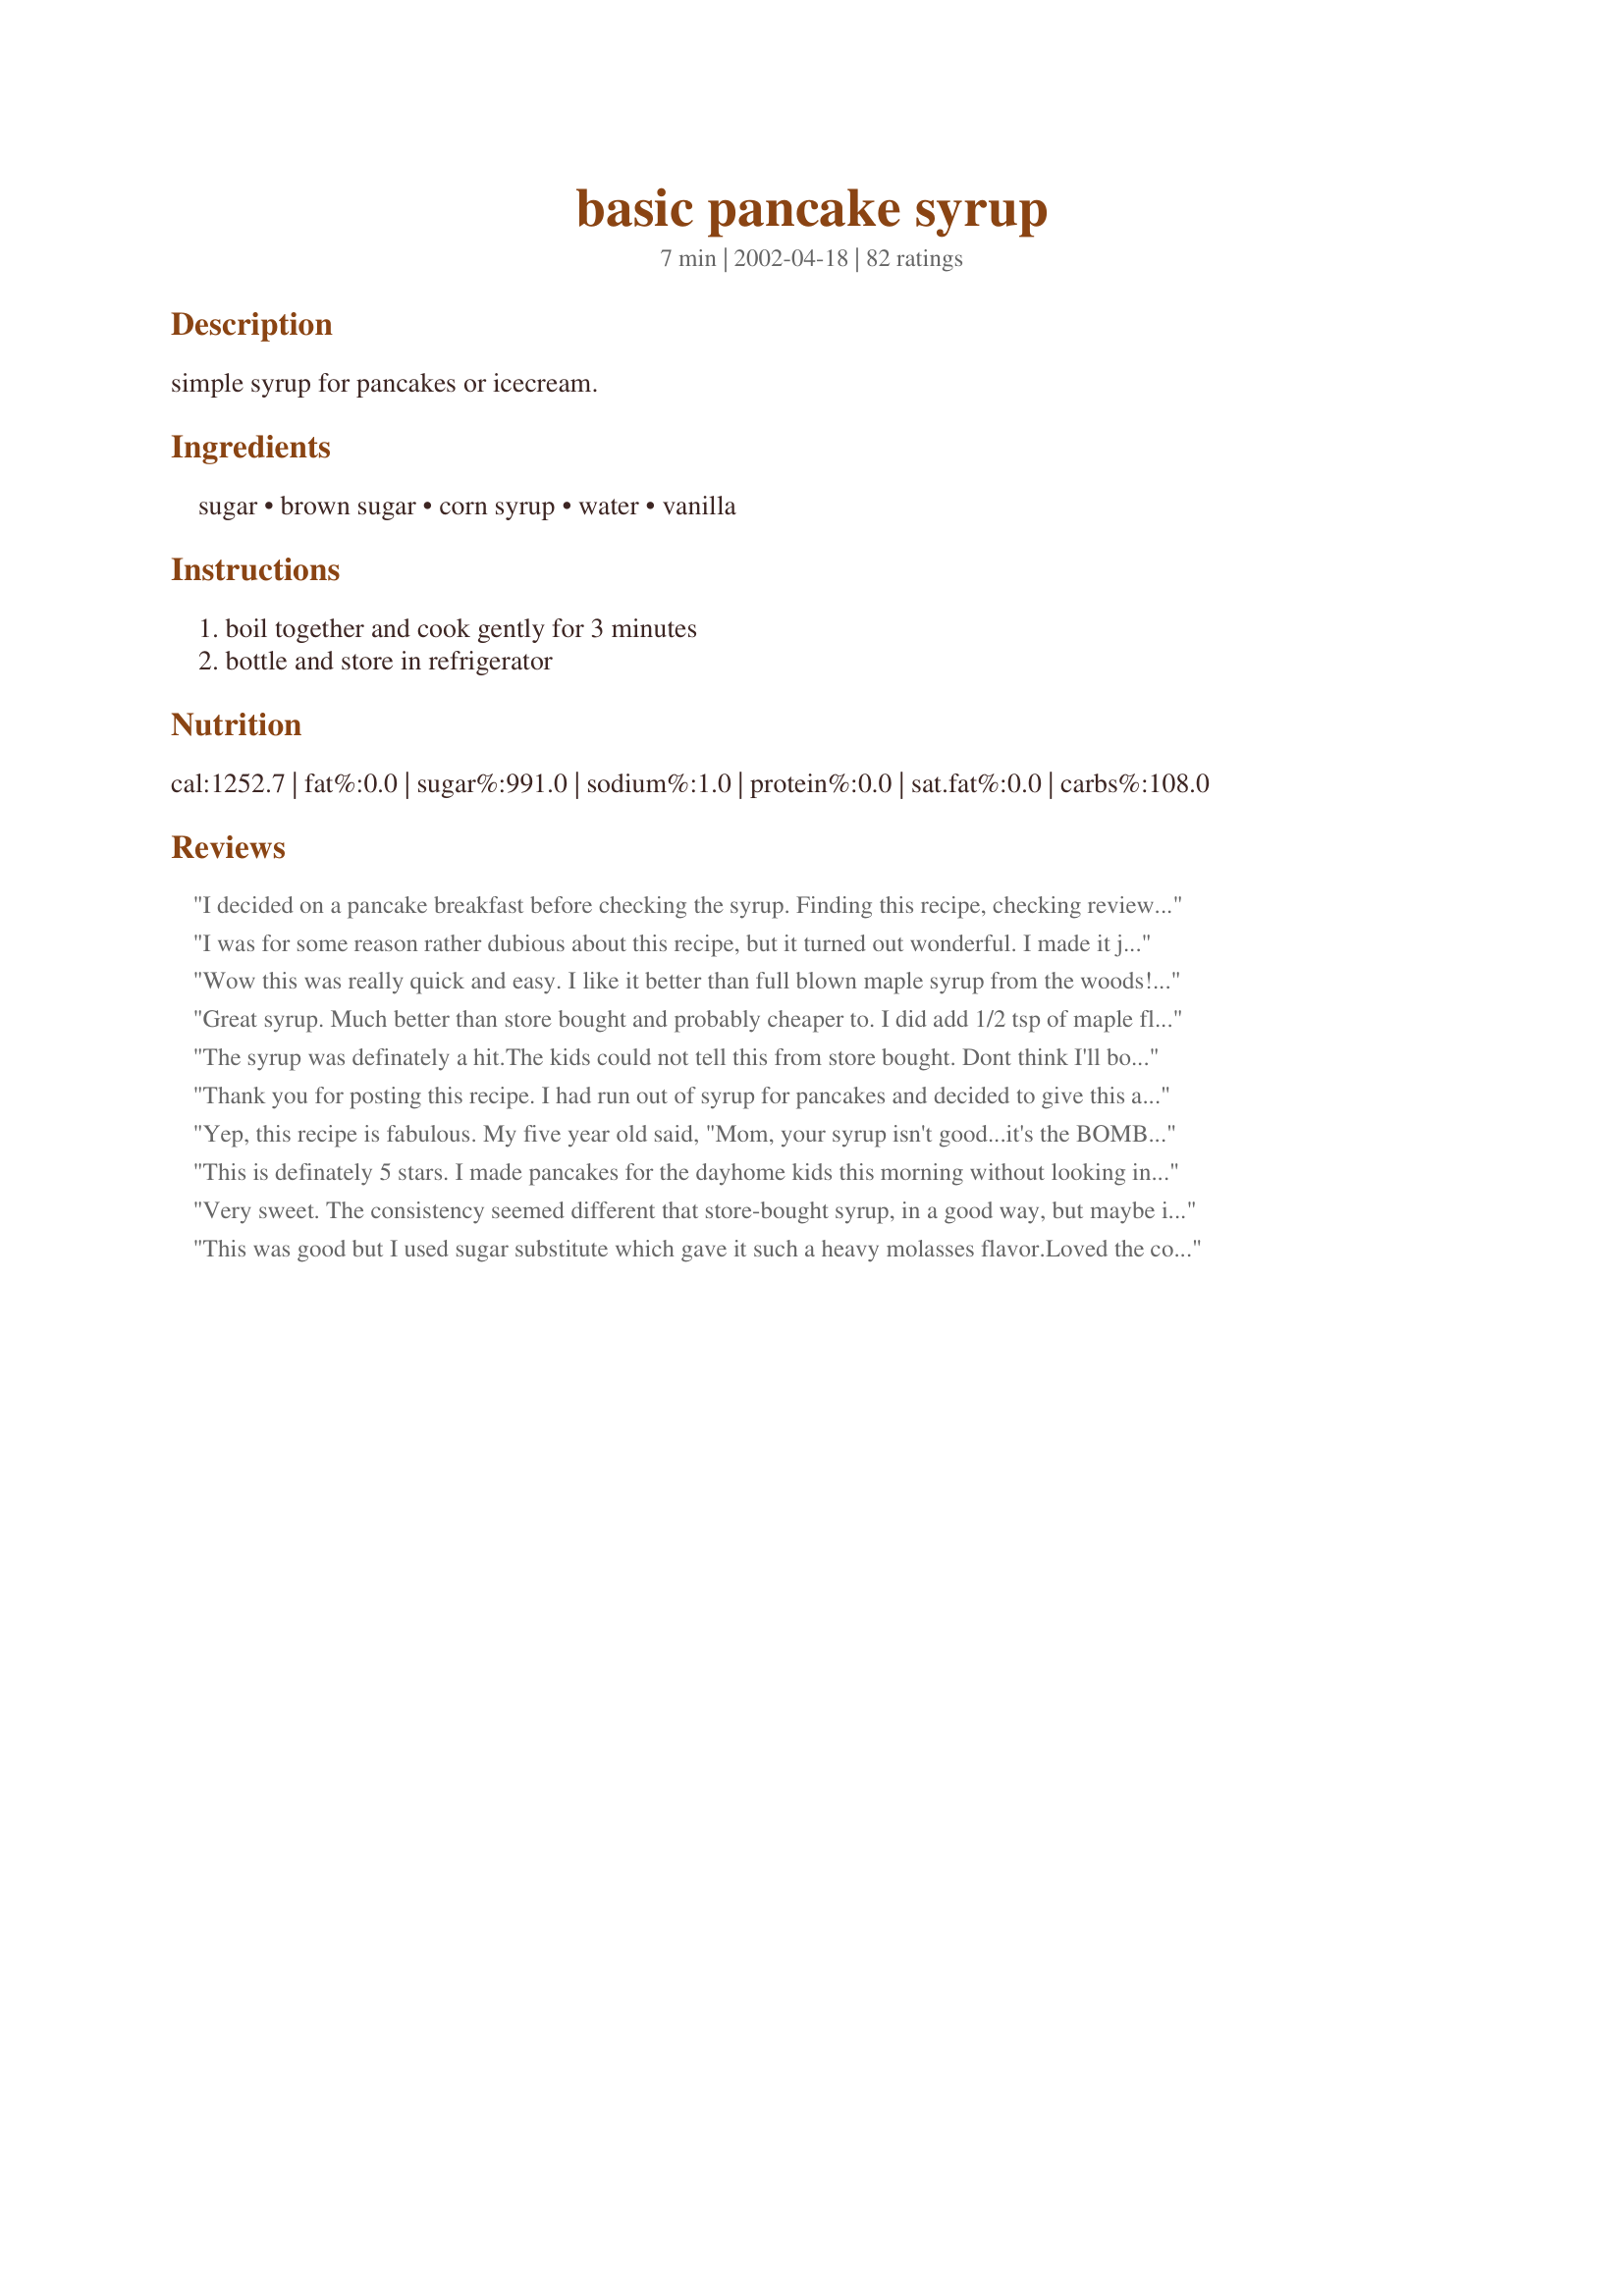
basic pancake syrup
Preparation time: 7 minutes

simple syrup for pancakes or icecream.

Ingredients:
sugar, brown sugar, corn syrup, water, vanilla

Steps:
boil together and cook gently for 3 minutes, bottle and store in refrigerator

Reviews:
I decided on a pancake breakfast before checking the syrup. Finding this recipe, checking reviews, and finally making it took less than 15 minutes. We absolutely loved it! It wasn&#039;t too sweet like the store bought variety. My 5 year old and 3 year old loved it, too. This recipe is a keeper :)
I was for some reason rather dubious about this recipe, but it turned out wonderful. I made it just as the recipe instructed, but I think next time I will experiment with maple and butter extracts just to tweak the flavors a little bit. Great recipe!
Wow this was really quick and easy. I like it better than full blown maple syrup from the woods!! It is nice and thick too. We won't be buying syrup anymore at the store!!!!!!!! Oh, I added about a 1/4 tsp of rum extract. I can't leave a recipe alone for nothing!
Great syrup. Much better than store bought and probably cheaper to. I did add 1/2 tsp of maple flavoring. We'll be using this from now on. Thanks
The syrup was definately a hit.The kids could not tell this from store bought. Dont think I'll bother buying syrup again.
Thank you for posting this recipe. I had run out of syrup for pancakes and decided to give this a try and it was delicious. Not too sweet like some can be, it was just right : ) Will be making this again for sure!
Yep, this recipe is fabulous. My five year old said, "Mom, your syrup isn't good...it's the BOMB!" My husband totally agreed, "Empty out the store bought bottle and use it to keep this stuff in." I added two tablespoons of butter, will probably add more next time. Thanks for the recipe!
This is definately 5 stars. I made pancakes for the dayhome kids this morning without looking in the cupboard for the syrup. I made the directions exactly as stated. It was fast and easy ..the best part is the fussy little critters couldnt tell the difference...automatic 5 stars right there.
Very sweet. The consistency seemed different that store-bought syrup, in a good way, but maybe it's just me. At any rate, I liked it a lot.
This was good but I used sugar substitute which gave it such a heavy molasses flavor.Loved the consistency though at first it was really runny but after letting it get cold it turned out just right.Will try again thanks.
It was late, I still had to make dinner and did not want to go to the grocery store. Easy dinner for us is sometime breakfast. I decided to make pancakes and once I had my batter mixed up realized I was very low on syrup. I found this recipe, made sure I had all the ingredients on hand and made it with the hopes it would be edible....I was pleasantly surprised! Simple, easy and delicious. After my husband and kids tasted it they all wanted this syrup and not the little bit that was in the bottle. Since the recipe called for you to put it in the fridge after making it I simply put my pan in a bowl of ice to cool it down and thicken it up. No more store bought for me!
Fast, easy, simple, Delicious!
I didn't even have corn syrup today so I just used honey and a little ginger. It wasvery good but in the future I think I'll only do half honey/corn syrup.
My kids loved this! Very easy to make, too. I added 1 t of cinnamon. Thanks very much!
This recipe was a life saver!!!!! Very hectic on school mornings especially when you have pancakes ready and no syrup. No fear though, I looked up this recipe, took me about 5 minutes to make it start to finish and it was wonderful!!!! I did add some cinnamon and some butter but I am sure it is great without!!!!!!!!!!!!!
Tried this tonight and my children LOVED it!! I won't buy store bought anymore...we are spoiled now!
4.5! This was good. I used a bit of vanilla run butter flavoring as well. Be sure and use right away or it will get sticky.
We made waffles this morning and realized we were out of syrup. This was quick and tastes great. Kids say it tastes better than store bought. Thanks for the recipe.
you saved breakfast! no one knew the difference. i think i liked it better than anything you can buy at the store!
Quick and delicious, you would never know it wasn't store bought! DS#1 wanted french toast for breakfast, but I was out of syrup. I remembered I had saved this to my cookbook. So glad I did! A real keeper!
EXCELLENT SYRUP. Very good, easy to make and DELICIOUS. Thank you!
YUM! This is just like the syrup my Mom raised me with....minus the corn syrup and vanilla.. Boy, do they make a difference! I did not reduce the water for a thicker syrup, followed the recipe. Might reduce it a bit next time and maybe not. I think it is perfect as is. Thank you, Aroostook, for posting! :)
This saved me this morning! I promised my boys pancakes for Valentine's day and ran out of syrup, yikes! I made this and it was great. I think I will try adding maple flavoring next time.
This was good and worked great in a pinch when we ran out of syrup.
Thanks.
Thanks Barb for this delicious syrup. Coupled with Lennie's Good Mornining Pancakes this is a keeper. Thanks again!
Thank you for this. It is really good as is, but no recipe is sacred. I have to fool with them. So I added a 1/2 tsp of rum flavoring, a tsp of coconut flavoring, and a 1/2 tsp of cinnamon, and 2 Tbs of butter. The only thing that was missing were the bananas for bananas foster. And the syrup was perfect for my waffles. And it will go good over ice cream too. And the recipe is really good for other flavors too like blueberry or even adding your own maple flavoring with some cinnamon too. Probably won&#039;t buy syrup at the store anymore. Thank you for sharing.
On it's own, it's not much to brag about, unfortunately, but as an accompinent to pancakes, it's very good and gets the job done. 

I made 1/4 of the recipe, and it was plenty for two batches of pancakes. I used an extra tablespoon of corn syrup, so perhaps I should have made up for that in the sugar. I think it could have used more vanilla as well. So next time I will add both.

It's GREAT for pancakes and probably many other things as well, but does not stand so well alone as far as being very flavorful. 

I'd like to find a recipe without or a substitute for corn syrup, as well, as it's not so great for you.

Thank you for this recipe. It got the job done quickly and easily and was good...just not FANTASTIC.
Very good recipe. We really enjoyed this a lot.
Very easy. Worked in a pinch. Definitely better than store bought. I would try maple extract and maybe add a bit of butter like others suggest. Very sweet...the hubby and kids loved it!!
This will do in a crunch. Thanks for posting it.
Super easy and super good! I halved the recipe, we don't use much syrup and we still have enough for another 3 pancake mornings! I added a few dashes of cinnamon and that made it really tasty. Thanks for the recipe!
yuuum! i didnt think you could make it yourself! i used rice syrup instead of corn syrup, and agave nectar instead of brown sugar - which actually has a bit of a scent to it. i had it with the basic pancake recipe which was also on this site, and the rest i keep in the fridge and sneak a bit when i feel like a bit of sugar! mmmmm
Great syrup recipe I made it to go with Ellen Brody's Pancake recipe # 25690 and had a wonderful breakfast for my 3 year in minutes!!
Thanks so much!
I won't give this stars because I think the error might have been in my ingredient, but I didn't find this recipe very tasty, nor did anyone in my family. I'm thinking it might be because I used dark corn syrup? It had a medicinal kind of taste to it, you could really taste the dark syrup in it. If I try it again I will use regular corn syrup. Thanks anyway.
this wasn't that good. My 5-year-old even said it tastes funny.
Perfect! Quick and easy.
We didn't realize there was no syrup 'til the pancakes were done. Thank you!
Thanks! A real life saver when we ran out. This is what we have been using for a while now. Whenever we don't feel like dishing out the big bucks for the actual "real maple syrup", we use this rather than store bought artificial. Tastes better and easy.
My husband had french toast made. He went to the closet and realized our &quot;sweet&quot; sons had not told us they used the last of the syrup. I found this recipe and it was a HUGE hit. I have been told by my family not to buy store syrup any more!!!!!!! It was very easy to make and tastes great!
This is wonderful.
Best homemade syrup recipe ever! I added maple flavoring instead of vanilla but the consistency and flavor of this is much better than others I've tried. Thanks!
Nice consistency. I did add 1/2 tsp. maple flavouring.
Wonderful syrup! I read a lot of the reviews and was so torn! So I just went with making the original recipe. It was delicious! Thanks for posting this - I will never buy store bought again!
Now is the corn syrup clear or brown?
Me again! I found out what I did wrong. I ommited the water! duh! I made it again and it came out perfect! I definately recommend the 1/4 tsp rum and 1/2 butter extract. Very delicious recipe
My DH made French Toast and Sausages this morning. I woke up to the smell, and then remembered we didn't have any syrup. I quickly looked on Recipezaar and found your recipe. I had all the ingredients and decided to make it. Absolutely wonderful and so easy to make. I couldn't decide whether to add maple extract or vanilla so I added 1/2 tsp of each. Came out wonderful. I always loved Mrs. Butterworths and I kept thinking, this recipe doesn't have any butter in it...will I like it as much? But then as I poured this beautiful warm mahogany colored syrup over top of butter pats on my French Toast, wow I can't describe how great tasting! Thank you, thank you. We won't be buying store bought syrup any longer!
UPDATE__ I added about 3tbs butter to this recipe and it was even better u must try. this was very good syrup, I wanted a thicker syrup so I only added 1/2 cup of water and used maple flavoring instead of vanilla----very yummy thanks
This was so fast, so easy and so delicious. I will never buy syrup again. thank you :)
Well, I had made pancakes this morning (Buttermilk Pancakes Recipe #63155 by podapo~GREAT!) and we had run out of syrup! I had these ingredients and threw this together. I had some Vanilla butter nut (loran oils) from king arthur's and added that in place of the vanilla. What a treat! Better than store bought. Putting this on the list for when we have weekend guests. Thanks Aro!
This sryup was amazing! Soooo easy to make!! Will probably never by store bought again.
This is the first time I have made syrup but decided to try since maple syrup is so expensive. I used honey instead of corn syrup so that it is healthier. I used a light tasting honey but I can still taste it. It turned out very sweet but I am not sure if that is because of using the honey. I will give it a try tomorrow and let my kids be the final judge. I think I may add a bit of earth balance to cut down the sweetness. Thanks for the recipe!
My son called me @ work to let me know that we were out of syrup so I looked up this recipe. He called back later to say that it was delicious and super simple!
This turned out quite good. I don't buy the stuff from the store and I don't like maple syrup (too expensive anyways) so I wanted to find a syrup I would like. I halved the recipe and used dark corn syrup. Be sure to use a big enough pot, as I put it in my small pot and didn't realize it bubbles up so much. I had to transfer to a big pot. I also added a bit of vanilla after boiling and used some Smart Bal. margarine in it too.
It took only minutes to make and it went so good with our blueberry pancakes! Both recipes are so good!
Very good and super easy! Not as cloyingly sweet as storebought pancake syrups. I reduced the amount of water to 3/4 cup, because I like a thicker pancake syrup. I added a pinch of salt, because I add salt to every sweet thing I make to create a richer flavor. I used 1/4 tsp. butter flavor, 1/2 tsp. vanilla extract and a couple drops almond extract to flavor. Yum!
 Bye Bye Mrs. Buttersworth! This was wonderful-much better than store boughten. I tried this recipe because I made eggnog pancakes and didn't want the maple flavor to overwhelm the eggnog taste. I added a litle rum extract and it made the pancakes perfect.
I made up this syrup to serve over buckwheat pancakes. YUMMM It is a wonderful recipe. I did add a bit of maple flavor. I won't worry any more if I run out of store bought syrup , I will worry if I run out of corn syrup that I can't make up my own. No more store bought in this house. Thanks for this great recipe.
Very good syrup! We wiil be making this alot! It is also very easy to make! Thanks!
Superb! Easy to make, and delicious.
Count me in as yet another person who will never buy store-bought syrup again.
YUM!
Extra-curricular wonderful syrup, Barb! And so easy to put together. We enjoyed it on homemade waffles this a.m.! I got me a new bran favorite!
Thanks for sharing.
Laudee
This was the first recipe I have made for pancake syrup and it is delicious. I don't have to look any further for the best one becuase I am sure this one is it. Definately worth a try.
I&#039;m a maple syrup fan myself, but was happy to try something different. This syrup is very tasty, with just a hint of vanilla. I used dark brown sugar for a richer color and flavor. Great sub for maple syrup if you run out and don&#039;t want to go to the store!
I made this this morning and it was a hit here at the house! We poured it on the waffles. Two things: I didn't have any white sugar so I put two cups brown sugar, and I needed a little tang so I added a tiny bit of lemon juice to it -- OLAY!
Hurray for this pancake syrup! The best syrup I've tasted, apart from the unbeatable (but for me, unaffordable!) maple syrup. *Edit* I made this again, adding 4 whole cloves before boiling and removing them after the syrup had cooled. Gave a subtle clove flavour that was really good with Cinnamon French Toast (Recipe #5213) and sliced banana.
Thanks Barb, you saved my butt! I promised to make the kids pancakes this morning before I realized that I didn't have enough syrup. It's snowing like crazy and I didn't want to venture out to the store so I searched Recipezaar and found your syrup recipe. It was very good and still warm when we ate it. I put the rest in the fridge for next time. I may not ever buy store syrup again.
Yes, add a pinch of salt. Then it is perfect!
Fantastic and easy. I add quite a bit of cinnamon. Actually, DH is the syrup maker now. We never buy the store bought stuff anymore. Thank you.
Instead of adding corn syrup(esp if you have corn allergy) add a little honey. You can also ad fruit juice or other extracts to create different flavors.
Excellent, was making pancakes and realized I didn't have syrup. My first attempt at making homemade - and it was awesome. Never will buy store bought syrup again!
This also saved the day for me too. So easy and so yummy! No more bought syrup for us. Thanks for posting it.
This is a great, easy recipe. When first made it is extremely thin but thickens as it cools. That's the only reason I rated it four stars- I don't think it's the best right after it's made. That said I will be making this more often, especially when I can't afford maple syrup (which is most of the time haha). Thank you!!!
I made pancakes this morning feeling pretty awesome using my little griddle thingy like banging out pancakes 5 or 6 at a time only to have my June Cleaver morning come crashing down on me when I discovered that I have no syrup. I tried out this recipe, but a little different. I did one batch the way the recipe called for it except I used 3/4 cup water instead of 1 cup, and I added a pinch of salt as one of the reviews suggested, and I poured half of that into one serving cup and the other half into another one, and I kept one as is. The other one, I added some Strawberry flavoring (I have no idea how much, like I just poured some in there, but I would guess about a teaspoon). The Strawberry one is the winner with the kids, and my Cleaverish mom moment (and it was ONLY a moment) was restored, that was until I attempted to scrub my floor with my kids going bat crazy in the background.
We liked the syrup but I had problems with the consistency - it was just like water. I followed the recipe exactly as written but after three minutes the sauce was still very thin. So, I decided to give it another 2 min and still no change. Added 2 tbsp brown sugar and 2 tbsp of corn syrup and that didn't help either. However, after cooling it for three hours it is now perfect consistency and tastes great. I do not know where I went wrong as none of the other reviews mention this problem. In fact others say they used it right away but I couldn't. If you can offer suggestions, please do as the syrup tasted great and I will make this again either using less water or just enough in advance that it has a chance to thicken.
Thx Aroostook.
This is a great variation of syrup for pancakes, crepes, waffles etc. Next to Vermont Maple Syrup, this is the best!
This was my first attempt at making syrup and I must say this recipe is excellent and so easy! My family loved it and have already asked for pancakes again tomorrow morning! Thank you for sharing such a great and simple recipe that anyone can make!
Perfect!
Yummy! This was so easy to put together and soooo good. My hubby and I both definitely prefered this to store bought syrup. I added a little bit of rum extract along with the vanilla...yum! Thanks for posting!
Gosh I have made this twice with out reviewing it. Sorry :( At first I was a little aprehensive about all the sugar. But when it was cooked I was so amazed. It tasted just like store bought!! INCREDIBLE!! From now I no longer have to buy mrs. butterworth!!! REally this is a great great syrup. Try it you will LOVE IT!!!
This was great! I woke the kids up to a big pancake spread, and when they went to the pantry to get the syrup, there was about 1/2 inch left in the bottom! A quick recipezaar search and we were good to go...this was quick, easy, and they loved it. Thanks for posting!
This is very good syrup. My family loved it! It's so simple!
Very good easy to make syrup. I used a home made corn syrup substitute which made it a little less thick but once it cooled it was fine. The taste is wonderful!
Excellent syrup! No more store bought stuff for us.
Super rich tasting and easy recipe. And I had everything in my cupboards. Thanks for sharing
